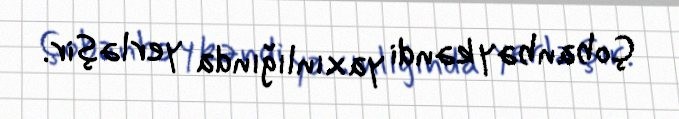
Çobanbəy kəndi yaxınlığında yerləşir.